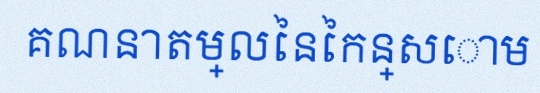
គណនាតម្លៃនៃកន្សោម